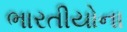
ભારતીયોના